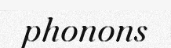
phonons